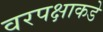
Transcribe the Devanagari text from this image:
वरपक्षाकडे